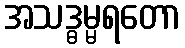
အသဒ္ဓမ္မရတော